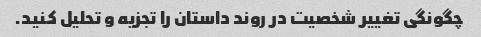
چگونگی تغییر شخصیت در روند داستان را تجزیه و تحلیل کنید.